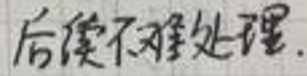
后僕不难处理.